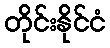
တိုင်းနိုင်ငံ